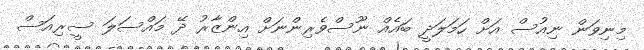
މިނިވަން ނިއުސް އަށް ހަމަލަދީ ބައެއް ނޫސްވެރިންނަށް އިންޒާރު ދޭ މައްސަލަ ސީރިއަސް